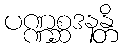
ပဏ္ဏစ္ဆဒနန္တိ